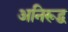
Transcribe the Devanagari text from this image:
अनिरूद्व